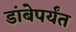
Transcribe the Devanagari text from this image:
डांबेपर्यंत